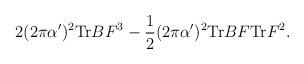
LaTeX: \begin{align*}2 (2 \pi \alpha')^2 {\rm Tr} BF^3-\frac{1}{2} (2 \pi \alpha')^2 {\rm Tr} BF {\rm Tr} F^2.\end{align*}